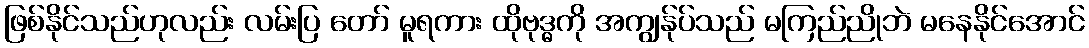
ဖြစ်နိုင်သည်ဟုလည်း လမ်းပြ တော် မူရကား ထိုဗုဒ္ဓကို အကျွန်ုပ်သည် မကြည်ညိုဘဲ မနေနိုင်အောင်